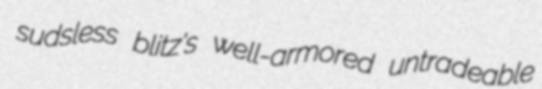
sudsless blitz's well-armored untradeable